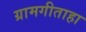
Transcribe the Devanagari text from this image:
ग्रामगीताहा